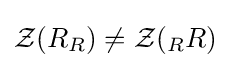
{\mathcal {Z}}(R_{R})\neq {\mathcal {Z}}(_{R}R)